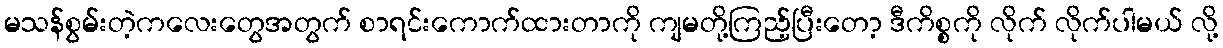
မသန်စွမ်းတဲ့ကလေးတွေအတွက် စာရင်းကောက်ထားတာကို ကျမတို့ကြည့်ပြီးတော့ ဒီကိစ္စကို လိုက် လိုက်ပါမယ် လို့